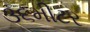
૩૬મીટર